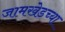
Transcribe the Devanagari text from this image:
जामखेडच्या